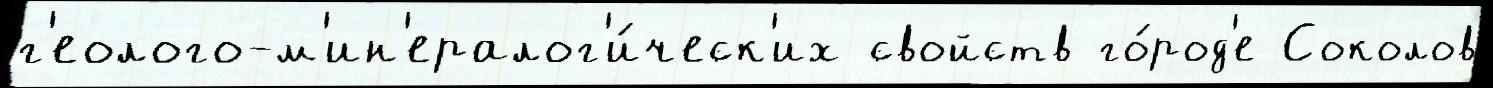
г'еолого-м'ин'ералог'и́ческ'их свойств го́род'е Соколов